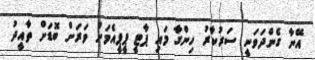
އޭނާ ގެންދަވަނީ ސަރުކާރު ހިންގާ މައި ޕާޓީ ޕީޕީއެމަށް ވަރަށް ބޮޑަށް ތާއީދު